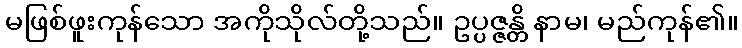
မဖြစ်ဖူးကုန်သော အကိုသိုလ်တို့သည်။ ဥပ္ပဇ္ဇန္တိ နာမ၊ မည်ကုန်၏။